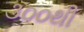
૩૦૦થી